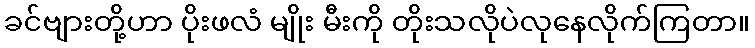
ခင်ဗျားတို့ဟာ ပိုးဖလံ မျိုး မီးကို တိုးသလိုပဲလုနေလိုက်ကြတာ။